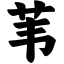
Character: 苇